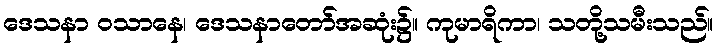
ဒေသနာ ဝသာနေ၊ ဒေသနာတော်အဆုံး၌။ ကုမာရိကာ၊ သတို့သမီးသည်။